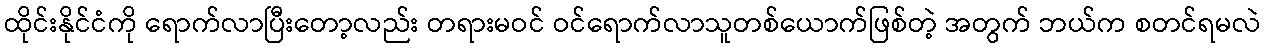
ထိုင်းနိုင်ငံကို ရောက်လာပြီးတော့လည်း တရားမဝင် ဝင်ရောက်လာသူတစ်ယောက်ဖြစ်တဲ့ အတွက် ဘယ်က စတင်ရမလဲ